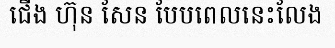
ជើង ហ៊ុន សែន បែបពេលនេះលែង